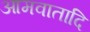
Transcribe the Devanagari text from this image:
आमवातादि